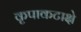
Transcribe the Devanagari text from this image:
कृपाकटाक्षे